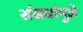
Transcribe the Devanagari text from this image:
संबधांमुळे